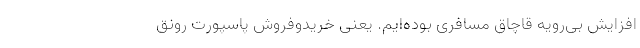
افزایش بی‌رویه قاچاق مسافری بوده‌ایم. یعنی خریدوفروش پاسپورت رونق